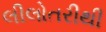
લીલોતરીથી